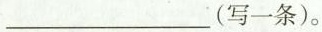
_____(写一条)。